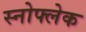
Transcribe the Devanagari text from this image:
स्नोफ्लेक